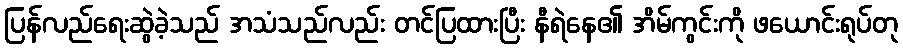
ပြန်လည်ရေးဆွဲခဲ့သည် အသံသည်လည်း တင်ပြထားပြီး နီရဲနေ၏ အိမ်ကွင်းကို ဖယောင်းရုပ်တု